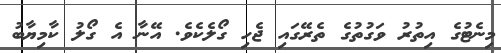
މިނެޓުގެ އިތުރު ވަގުތުގެ ތެރޭގައި ޖެހި ގޯލެކެވެ. އޭނާ އެ ގޯލު ކާމިޔާބު